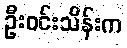
ဦးဝင်းသိန်းက